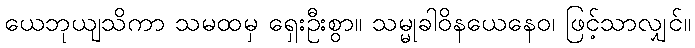
ယေဘုယျသိကာ သမထမှ ရှေးဦးစွာ။ သမ္မုခါဝိနယေနေဝ၊ ဖြင့်သာလျှင်။